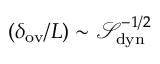
( \delta _ { \mathrm { o v } } / L ) \sim \ensuremath { \mathcal { S } } _ { \mathrm { d y n } } ^ { - 1 / 2 }